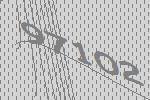
97102